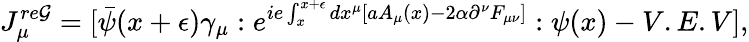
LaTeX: J_{\mu}^{re\mathcal{G}}=[\bar{{\psi}}(x+\epsilon)\gamma_{\mu}:e^{ie\int_{x}^{x+\epsilon}dx^{\mu}[aA_{\mu}(x)-2\alpha\partial^{\nu}F_{\mu\nu}]}:\psi(x)-V.E.V],